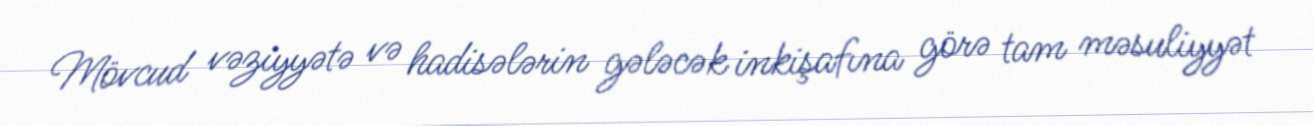
Mövcud vəziyyətə və hadisələrin gələcək inkişafına görə tam məsuliyyət